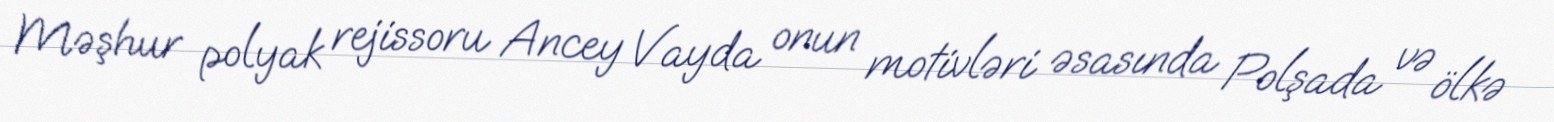
Məşhur polyak rejissoru Ancey Vayda onun motivləri əsasında Polşada və ölkə